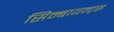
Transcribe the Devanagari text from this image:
सिम्बायन्ट्स